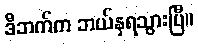
ဒီဘက်က ဘယ်နှရသွားပြီ။